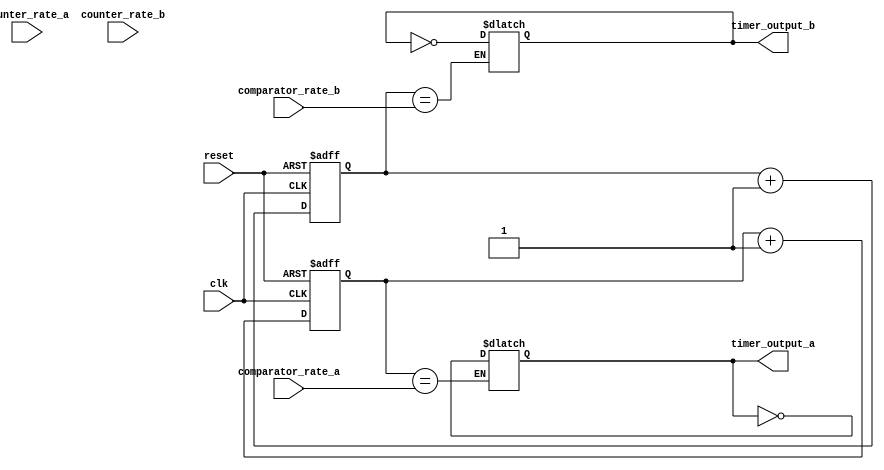
module multirate_timer (
    input wire clk,
    input wire reset,
    input wire [7:0] counter_rate_a,
    input wire [7:0] counter_rate_b,
    input wire [7:0] comparator_rate_a,
    input wire [7:0] comparator_rate_b,
    output reg timer_output_a,
    output reg timer_output_b
);

reg [7:0] counter_a;
reg [7:0] counter_b;

always @(posedge clk or posedge reset) begin
    if (reset) begin
        counter_a <= 8'b0;
        counter_b <= 8'b0;
    end else begin
        counter_a <= counter_a + 1;
        counter_b <= counter_b + 1;
    end
end

always @* begin
    if (counter_a == comparator_rate_a)
        timer_output_a <= ~timer_output_a;
    
    if (counter_b == comparator_rate_b)
        timer_output_b <= ~timer_output_b;
end

endmodule